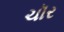
ચૉર